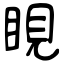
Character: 睍